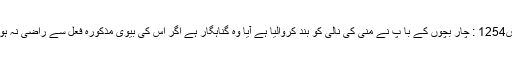
س1254 : چار بچوں کے با پ نے منى کى نالى کو بند کرواليا ہے آيا وہ گناہگار ہے اگر اس کى بيوى مذکورہ فعل سے راضى نہ ہو؟